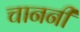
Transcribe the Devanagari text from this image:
चाननी